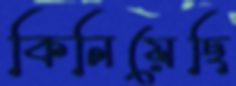
কিনিয়েছি